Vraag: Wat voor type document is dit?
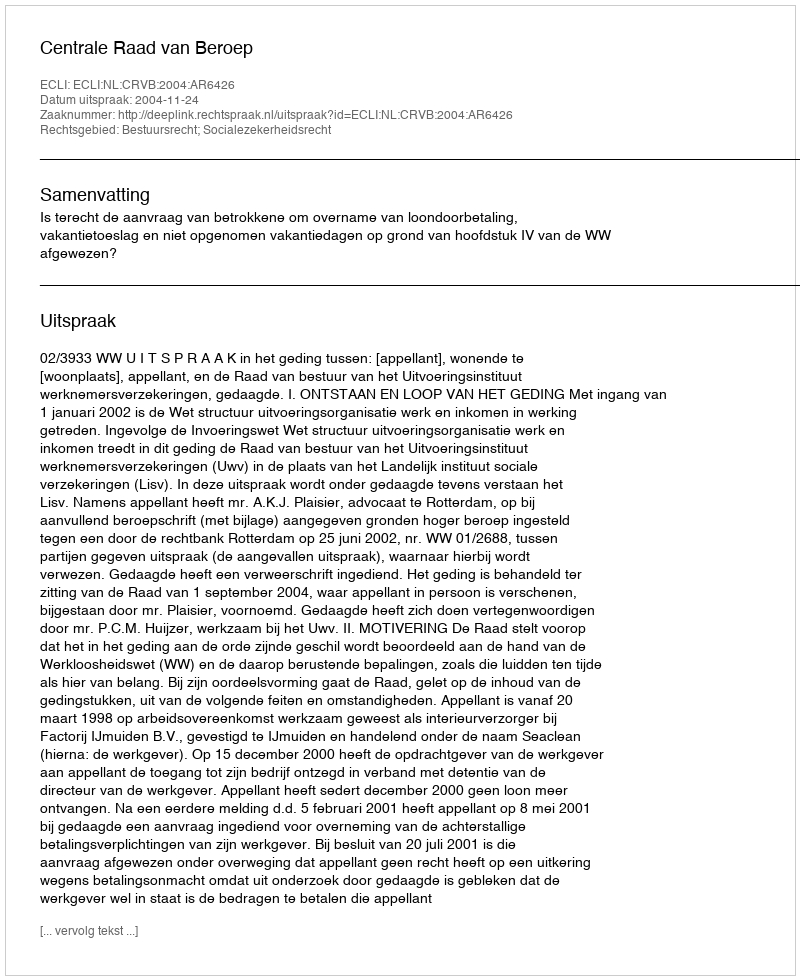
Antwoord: Uitspraak